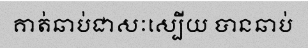
គាត់ឆាប់ជាសៈស្បើយ បានឆាប់